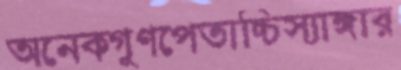
অনেকগুণপেতাচ্চিস্যাঙ্গার